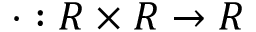
\cdot : R \times R \to R